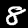
Digit: 8